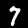
Digit: 7